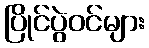
ပြိုင်ပွဲဝင်များ